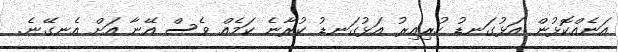
އަނެއްކޮޅުން އަޅުގަނޑު ހުރިއިރު އަޅުގަނޑު ކުރާނެ ކަމެއް ވެސް އޭނާ އަށް އެނގޭނެ.